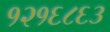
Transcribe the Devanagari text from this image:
१२१६८६३